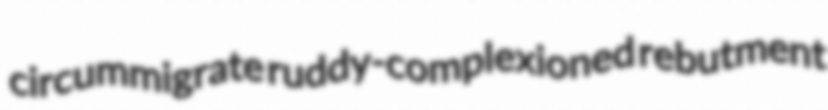
circummigrate ruddy-complexioned rebutment